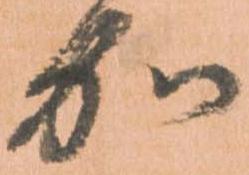
加